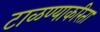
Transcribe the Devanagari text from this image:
टाळण्याकरिता